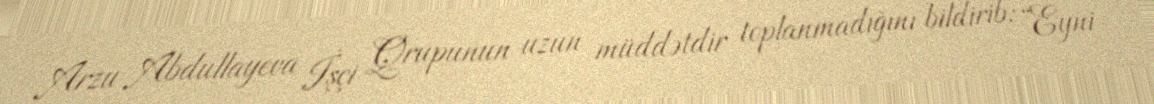
Arzu Abdullayeva İşçi Qrupunun uzun müddətdir toplanmadığını bildirib: “Eyni